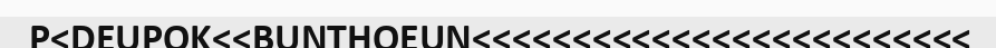
P<DEUPOK<<BUNTHOEUN<<<<<<<<<<<<<<<<<<<<<<<<<